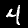
Digit: 4